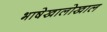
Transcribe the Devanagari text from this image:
भाषेखालोखाल